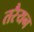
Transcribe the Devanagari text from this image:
तरैयन